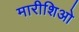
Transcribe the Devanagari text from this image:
मारीशिओ